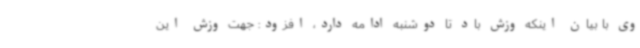
وی با بیان اینکه وزش باد تا دوشنبه ادامه دارد، افزود: جهت وزش این